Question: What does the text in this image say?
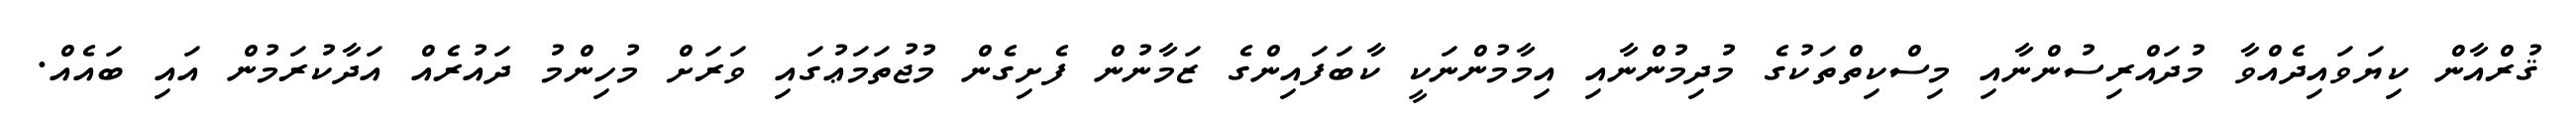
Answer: ޤުރްއާން ކިޔަވައިދެއްވާ މުދައްރިސުންނާއި މިސްކިތްތަކުގެ މުދިމުންނާއި އިމާމުންނަކީ ކާބަފައިންގެ ޒަމާނުން ފެށިގެން މުޖުތަމަޢުގައި ވަރަށް މުހިންމު ދައުރެއް އަދާކުރަމުން އައި ބައެއް.